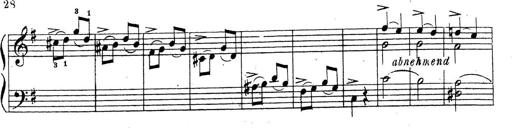
Title: 10 Sonatinas
Composer: Fritz Spindler